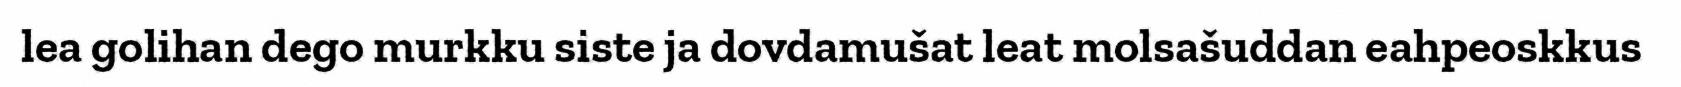
lea golihan dego murkku siste ja dovdamušat leat molsašuddan eahpeoskkus